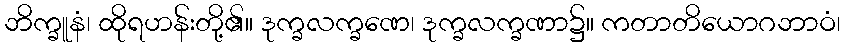
ဘိက္ခူနံ၊ ထိုရဟန်းတို့၏။ ဒုက္ခလက္ခဏေ၊ ဒုက္ခလက္ခဏာ၌။ ကတာတိယောဂဘာဝံ၊